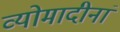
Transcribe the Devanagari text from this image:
व्योमादीनां